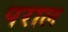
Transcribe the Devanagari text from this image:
पराल